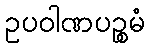
ဥပဝါဏပဉ္စမံ